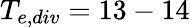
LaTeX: T_{e,div}=13-14